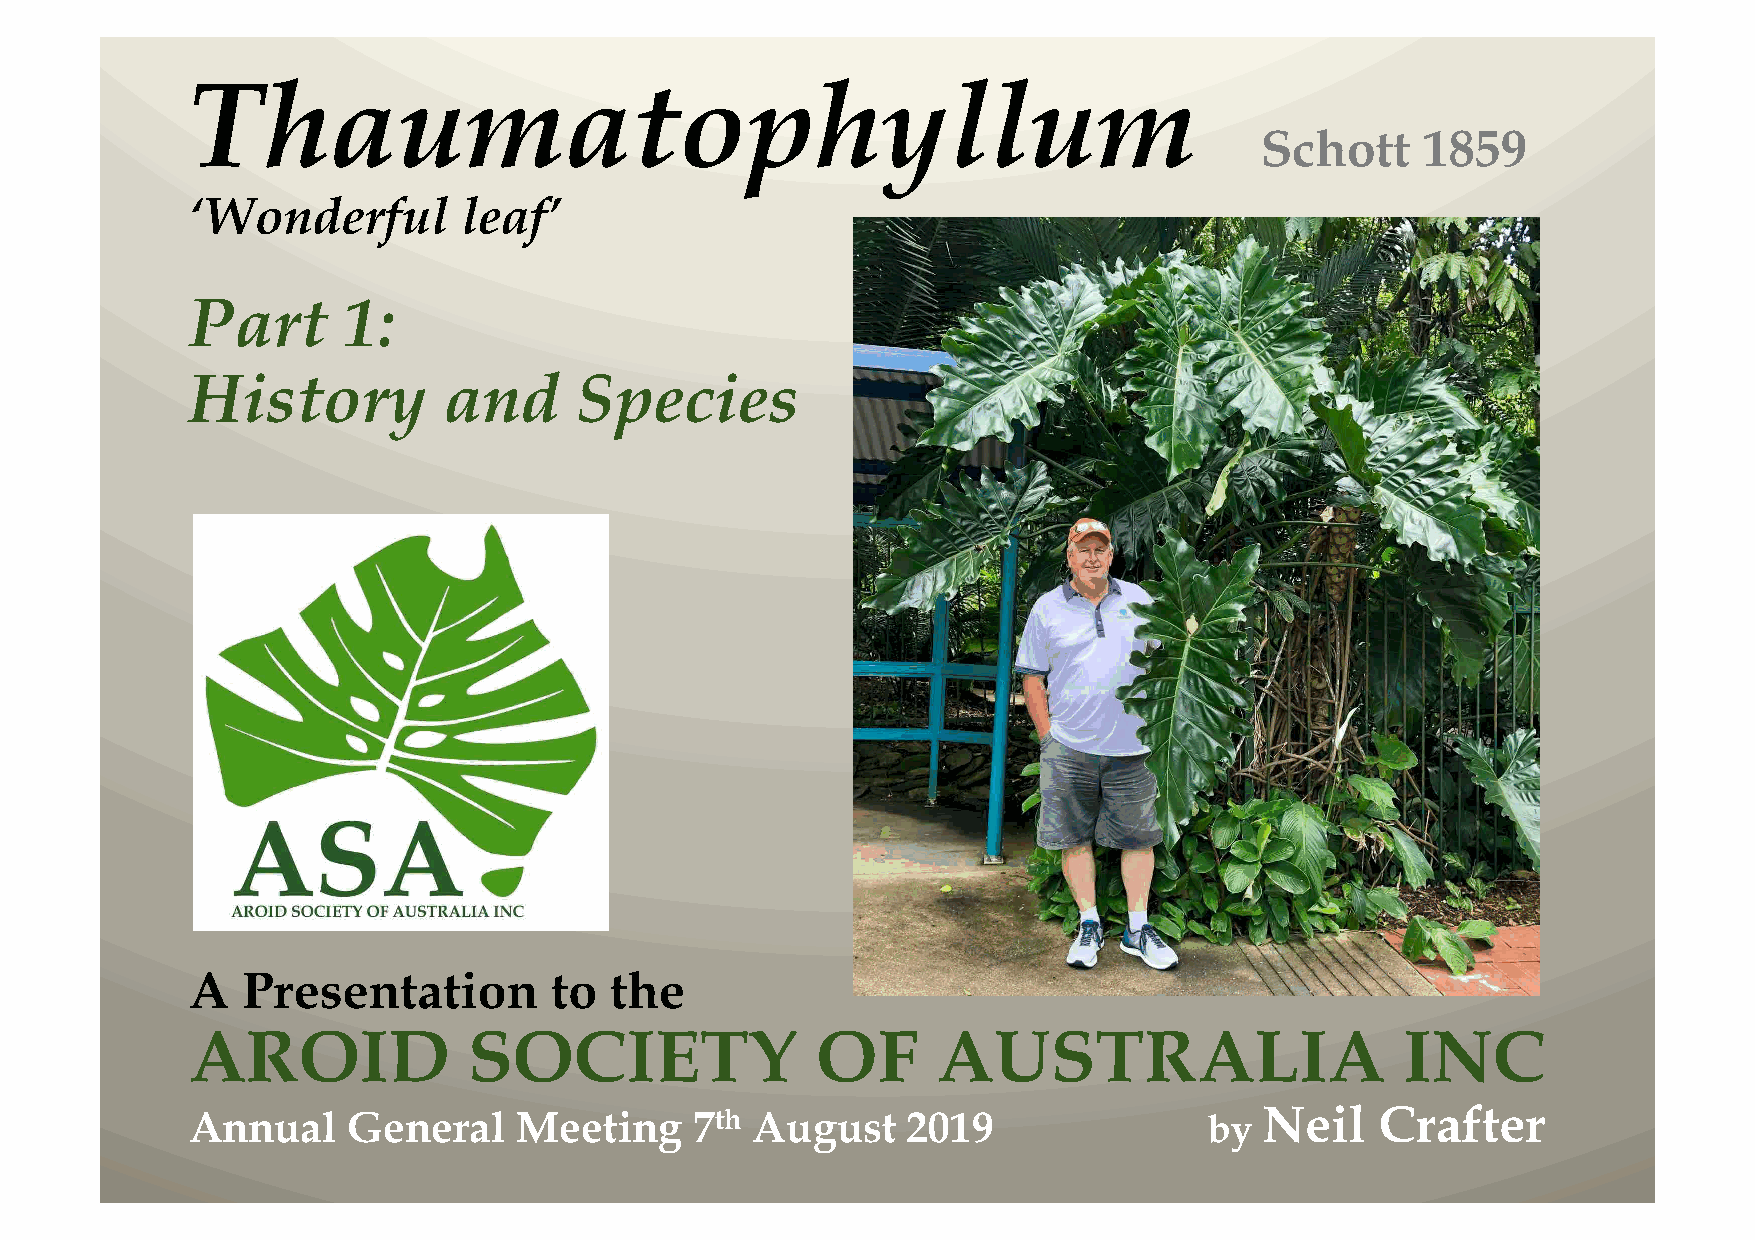
Thaumatophyllum
 Schott     1859
 ‘Wonderful        leaf’
 Part       1:
 History          and      Species
 A   Presentation        to  the
 AROID              SOCIETY                OF      AUSTRALIA                      INC
 Annual     General    Meeting     7th August    2019                by  Neil   Crafter